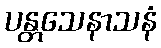
ပန္တသေနာသနံ